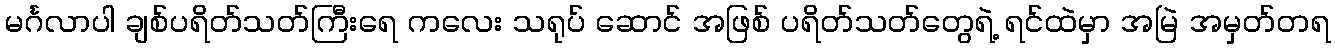
မင်္ဂလာပါ ချစ်ပရိတ်သတ်ကြီးရေ ကလေး သရုပ် ဆောင် အဖြစ် ပရိတ်သတ်တွေရဲ့ ရင်ထဲမှာ အမြဲ အမှတ်တရ